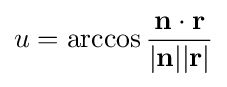
u=\arccos {{\mathbf {n} \cdot \mathbf {r} } \over {\mathbf {\left|n\right|} \mathbf {\left|r\right|} }}